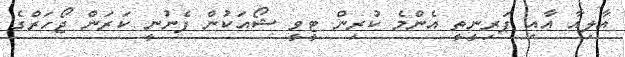
އާލިއާ އާއި ޕަރިނީތީ އެންމެ ކުރިން ޓީވީ ޝޯއަކުން ފެނުނީ ކަރަން ޖޯހަރްގެ